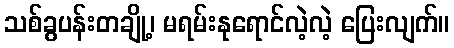
သစ်ခွပန်းတချို့၊ မရမ်းနုရောင်လဲ့လဲ့ ပြေးလျက်။